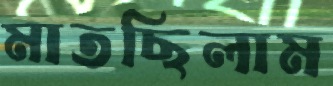
মাতছিলাম